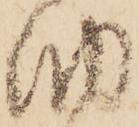
納